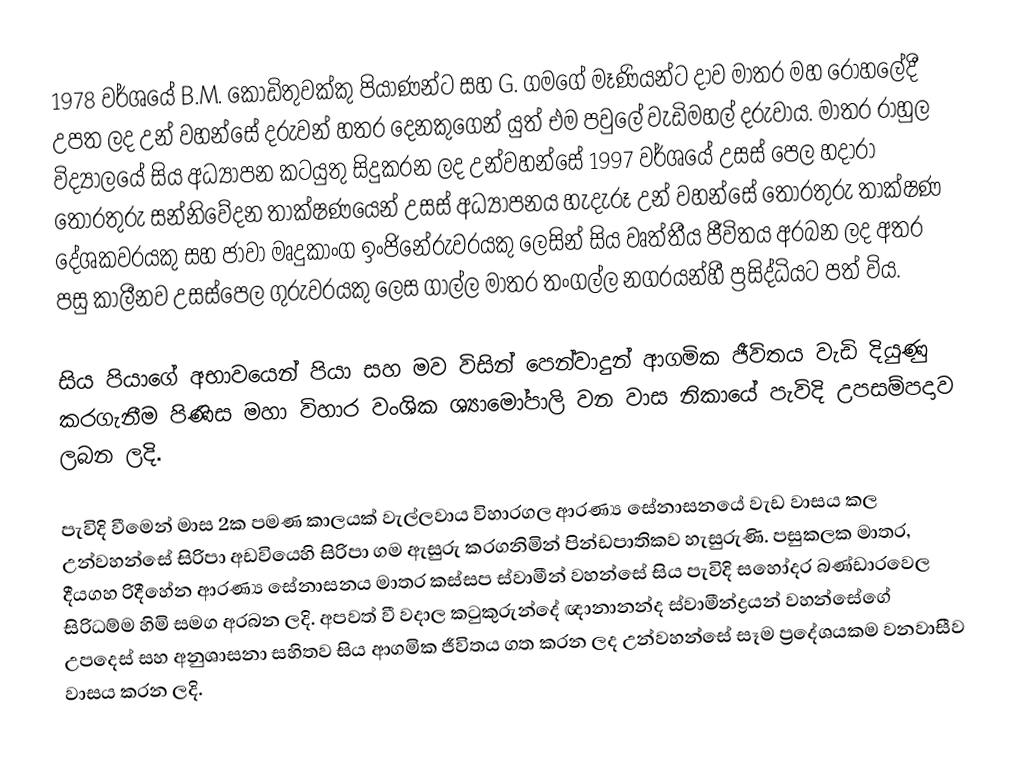
1978 වර්ශයේ B.M. කොඩිතුවක්කු පියාණන්ට සහ G. ගමගේ මෑණියන්ට දාව මාතර මහ රෝහලේදී උපත ලද උන් වහන්සේ දරුවන් හතර දෙනකුගෙන් යුත් එම පවුලේ වැඩිමහල් දරුවාය.  මාතර රාහුල විද්‍යාලයේ සිය අධ්‍යාපන කටයුතු සිදුකරන ලද  උන්වහන්සේ 1997 වර්ශයේ උසස් පෙල හදාරා තොරතුරු සන්නිවේදන තාක්ෂණයෙන් උසස් අධ්‍යාපනය හැදැරූ උන් වහන්සේ තොරතුරු තාක්ෂණ දේශකවරයකු සහ ජාවා මෘදුකාංග ඉංජිනේරුවරයකු ලෙසින් සිය වෘත්තීය ජීවිතය අරබන ලද අතර පසු කාලීනව උසස්පෙල ගුරුවරයකු ලෙස ගාල්ල මාතර තංගල්ල නගරයන්හී ප්‍රසිද්ධියට පත් විය.

සිය පියාගේ අභාවයෙන් පියා සහ මව විසින් පෙන්වාදුන් ආගමික ජීවිතය වැඩි දියුණු කරගැනීම පිණිස මහා විහාර වංශික ශ්‍යාමෝපාලි වන වාස නිකායේ පැවිදි උපසම්පදාව ලබන ලදි.

පැවිදි වීමෙන් මාස 2ක පමණ කාලයක් වැල්ලවාය විහාරගල ආරණ්‍ය සේනාසනයේ වැඩ වාසය කල උන්වහන්සේ සිරිපා අඩවියෙහි සිරිපා ගම ඇසුරු කරගනිමින් පින්ඩපාතිකව හැසුරුණි. පසුකලක මාතර, දීයගහ රිදීහේන ආරණ්‍ය සේනාසනය මාතර කස්සප ස්වාමීන් වහන්සේ සිය පැවිදි සහෝදර බණ්ඩාරවෙල සිරිධම්ම හිමි සමග අරබන ලදි. අපවත් වී වදාල කටුකුරුන්දේ ඥානානන්ද ස්වාමීන්ද්‍රයන් වහන්සේගේ උපදෙස් සහ අනුශාසනා සහිතව සිය ආගමික ජීවිතය ගත කරන ලද උන්වහන්සේ සෑම ප්‍රදේශයකම වනවාසීව වාසය කරන ලදි.